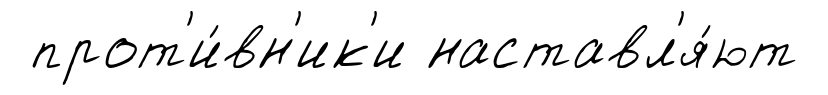
прот'и́вн'ик'и наставл'я́ют